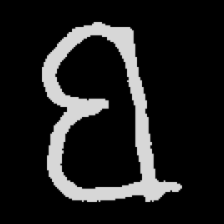
Pyu character \u2014 Myanmar letter: ဗ (romanized: ba)